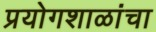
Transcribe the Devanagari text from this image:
प्रयोगशाळांचा